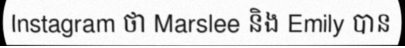
Instagram ថា Marslee និង Emily បាន